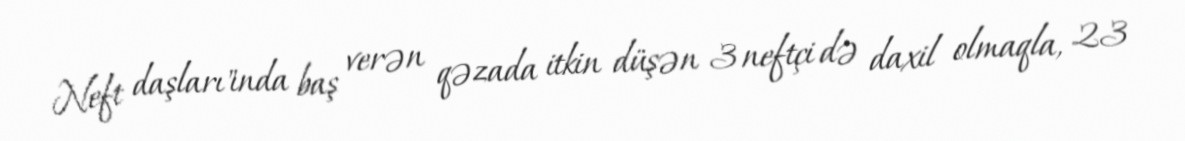
Neft daşları"ında baş verən qəzada itkin düşən 3 neftçi də daxil olmaqla, 23